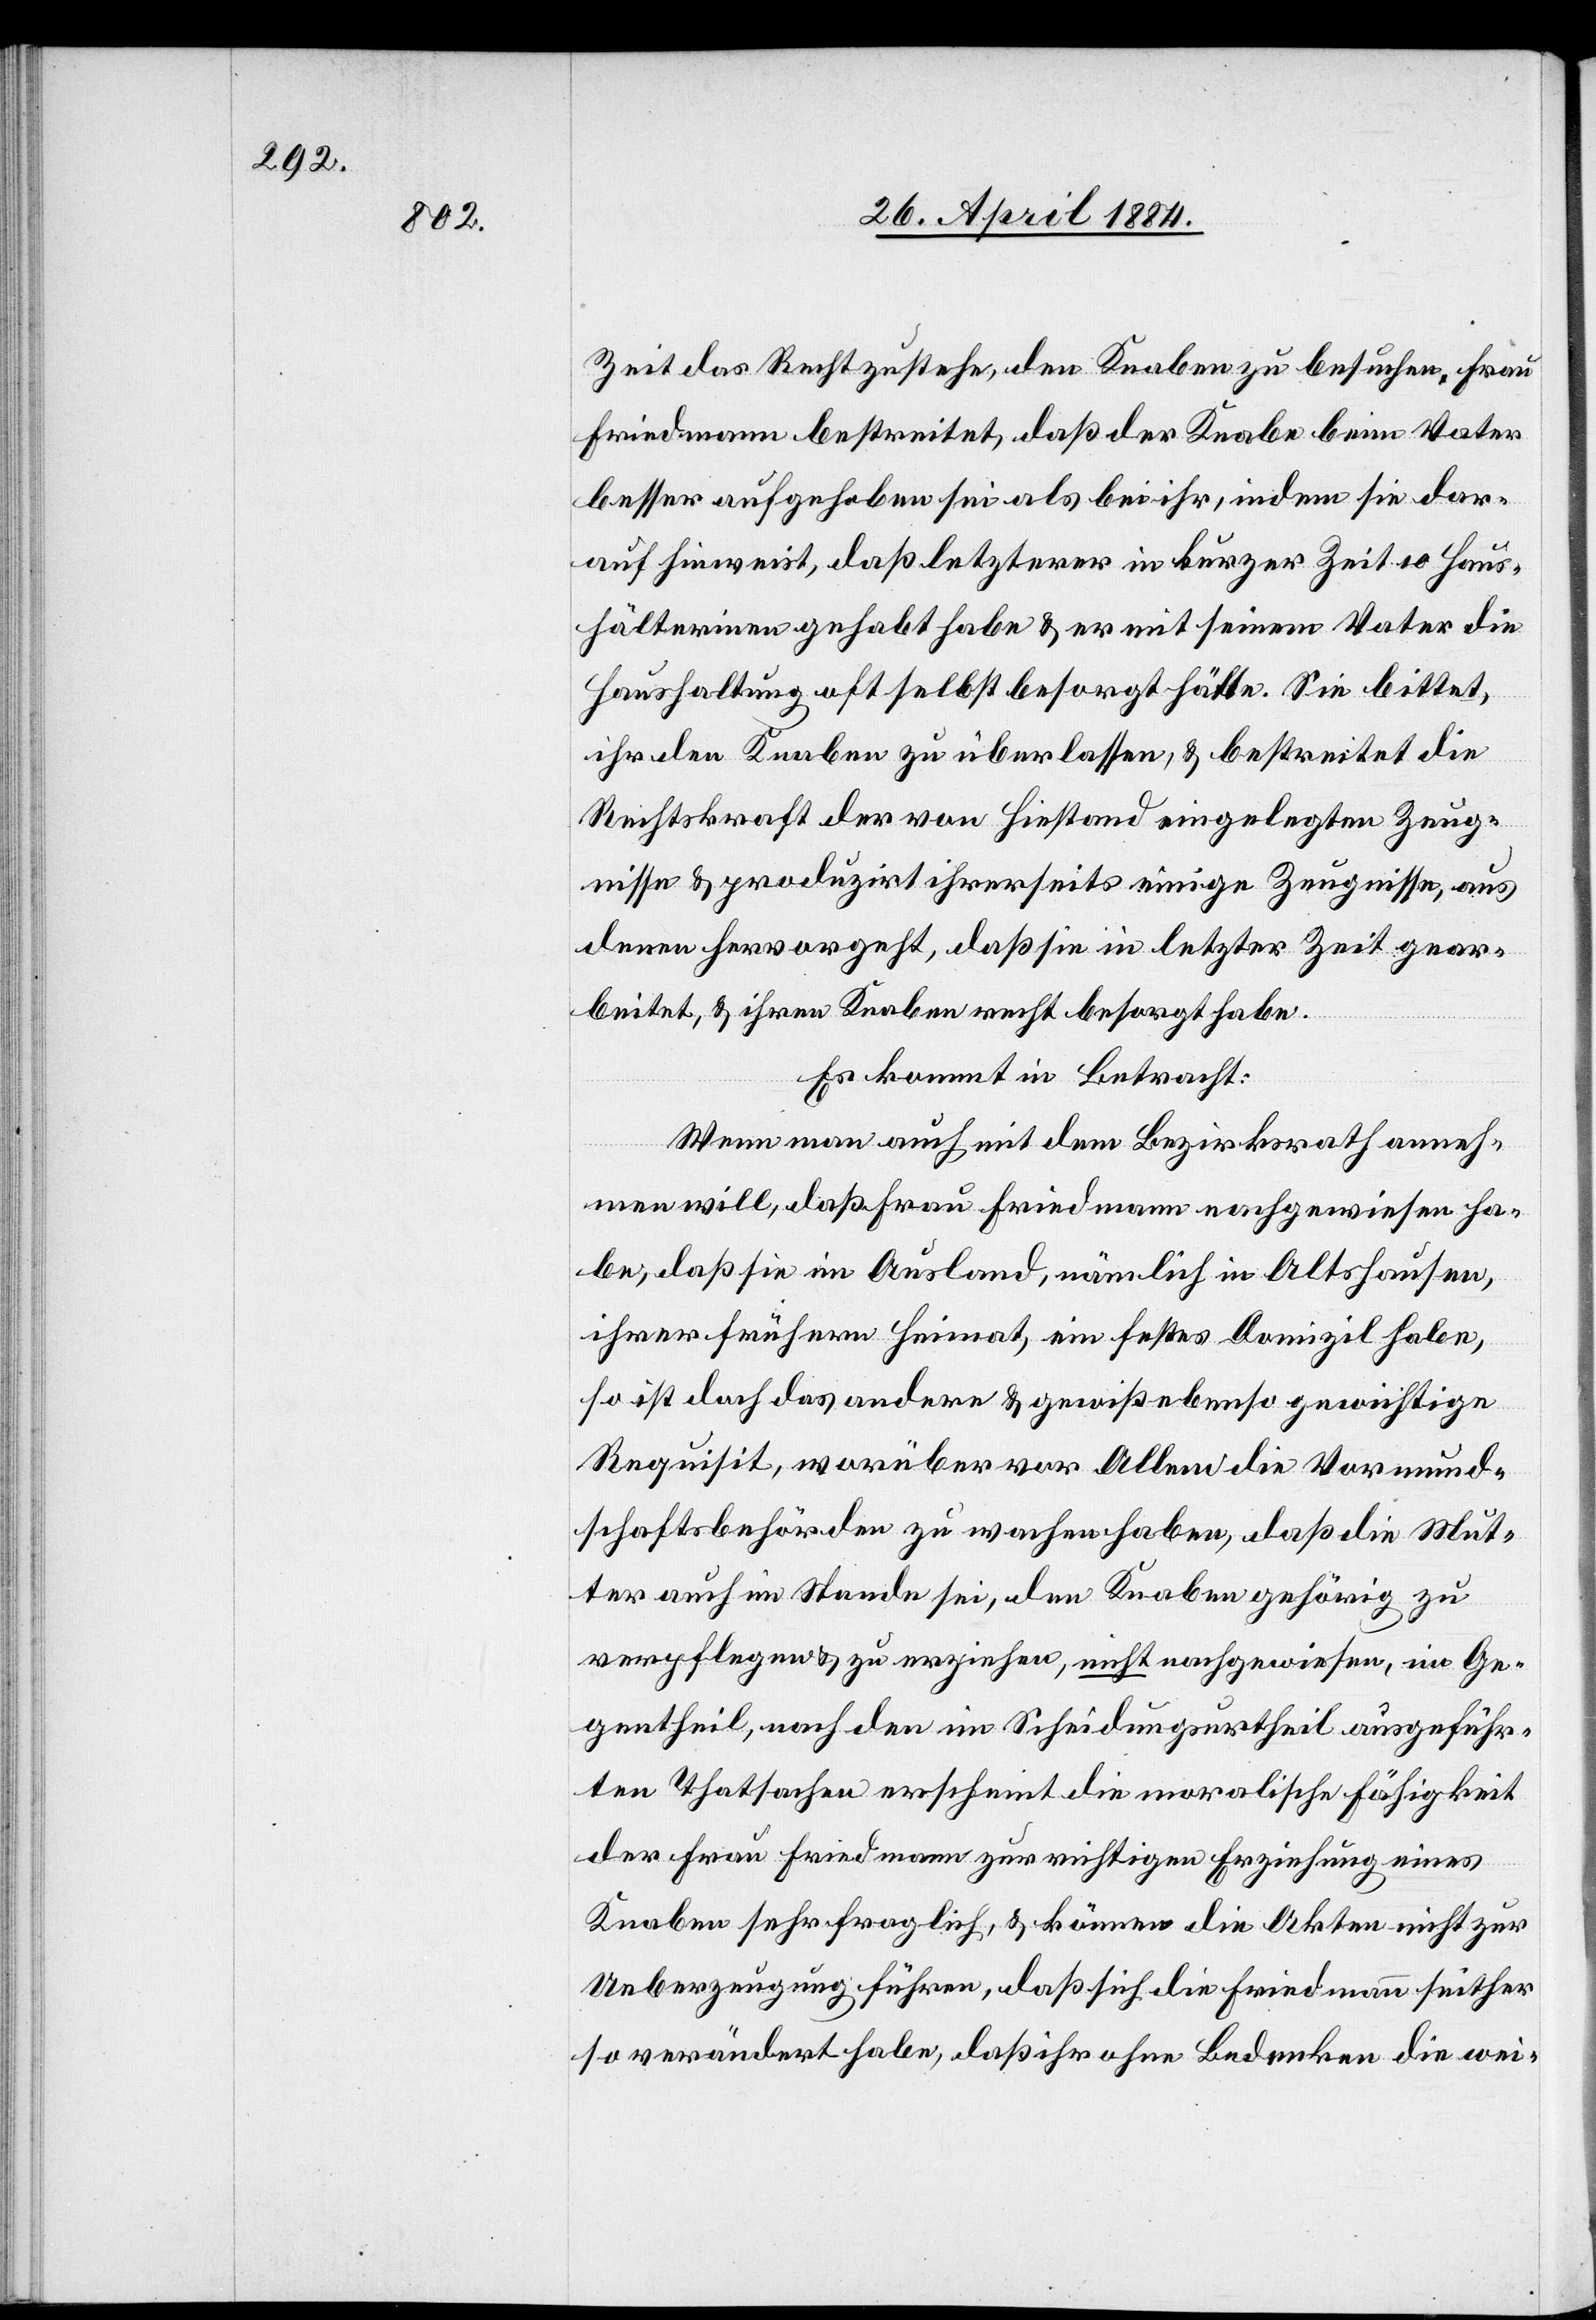
Zeit das Recht zustehe, den Knaben zu besuchen. Frau
Friedmann bestreitet, daß der Knabe beim Vater
besser aufgehoben sei als bei ihr, indem sie dar¬
auf hinweist, daß letzterer in kurzer Zeit 10 Haus¬
hälterinnen gehabt habe & er mit seinem Vater die
Haushaltung oft selbst besorgt hätte. Sie bittet
ihr den Knaben zu überlassen, & bestreitet die
Rechtskraft der von Hiestand eingelegten Zeug¬
nisse & produzirt ihrerseits einige Zeugnisse, aus
denen hervorgeht, daß sie in letzter Zeit gear¬
beitet, & ihren Knaben recht besorgt habe.
Es kommt in Betracht:
Wenn man auch mit dem Bezirksrath anneh¬
men will, daß Frau Friedmann nachgewiesen ha¬
be, daß sie im Ausland, nämlich in Altshausen,
ihrer frühern Heimat, ein festes Domizil habe,
so ist doch das andere & gewiß ebenso gewichtige
Requisit, worüber vor Allem die Vormund¬
schaftsbehörden zu wachen haben, daß die Mut¬
ter auch im Stande sei, den Knaben gehörig zu
verpflegen & zu erziehen, nicht nachgewiesen, im Ge¬
gentheil, nach den im Scheidungsurtheil ausgeführ¬
ten Thatsachen erscheint die moralische Fähigkeit
der Frau Friedmann zur richtigen Erziehung eines
Knaben sehr fraglich, & können die Akten nicht zur
Ueberzeugung führen, daß sich die Friedmann seither
so verändert habe, daß ihr ohne Bedenken die wei-